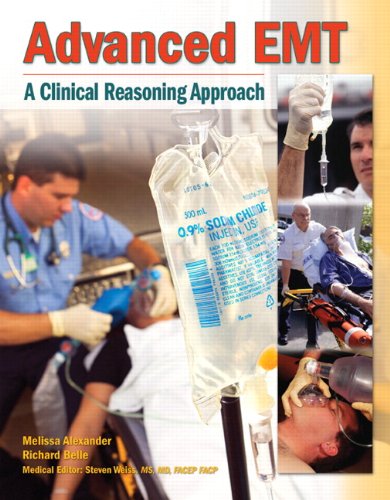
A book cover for Advanced EMT: A Clinical-Reasoning Approach; Melissa Alexander; Medical Books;